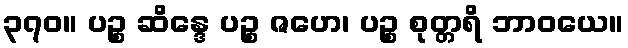
၃၇၀။ ပဉ္စ ဆိန္ဒေ ပဉ္စ ဇဟေ၊ ပဉ္စ စုတ္တရိ ဘာဝယေ။